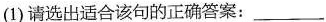
(1)请选出适合该句的正确答案:___